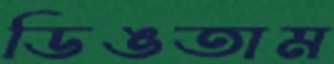
ডিঙতাম